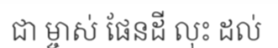
ជា ម្ចាស់ ផែនដី លុះ ដល់